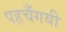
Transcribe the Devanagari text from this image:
पहचँगयी